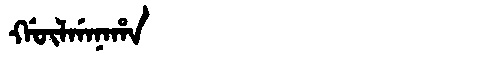
Manchu: ᡤᡡᠯᡤᠠᠨᠠᡥᠠ
Romanization: GŪLGANAHA